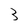
Character: 3